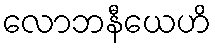
လောဘနီယေဟိ